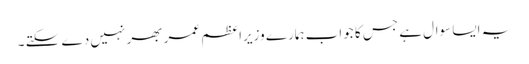
یہ ایسا سوال ہے جس کا جواب ہمارے وزیراعظم عمر بھر نہیں دے سکتے ۔